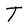
Character: T